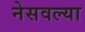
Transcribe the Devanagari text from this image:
नेसवल्या